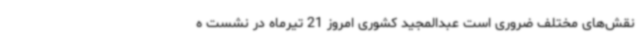
نقش‌های مختلف ضروری است عبدالمجید کشوری امروز 21 تیرماه در نشست ه